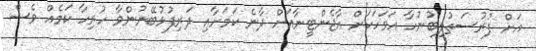
އަށް ފުރުސަތުލިބުނުހާ އަވަހަކަށް އާޖެންޓީނާއަށް ދާނެ ކަމަށާއި ދަރިފުޅުބޭނުންވާ ހުރިހާ ކަމެއް ވެސް